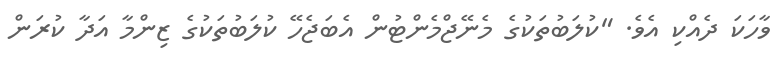
ވާހަކަ ދެއްކި އެވެ. "ކުލަބުތަކުގެ މެނޭޖްމެންޓުން އެބަޖެހޭ ކުލަބުތަކުގެ ޒިންމާ އަދާ ކުރަން